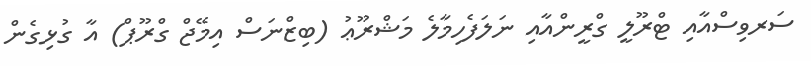
ސަރވިސްއާއި ޓްރޫލީ ގްރީންއާއި ނަލަފެހިމާލެ މަޝްރޫޢު (ބިޒްނަސް އިމޭޖް ގްރޫޕް) އާ ގުޅިގެން